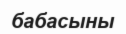
бабасыны